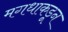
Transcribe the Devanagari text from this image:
मगधाकडून